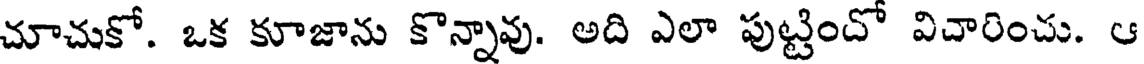
చూచుకో. ఒక కూజాను కొన్నావు. అది ఎలా పుట్టిందో విచారించు. ఆ